Supplement to the account of plague administration in the Bombay Presidency from September 1896 till May 1897
Year: 1896
Disease focus: Plague
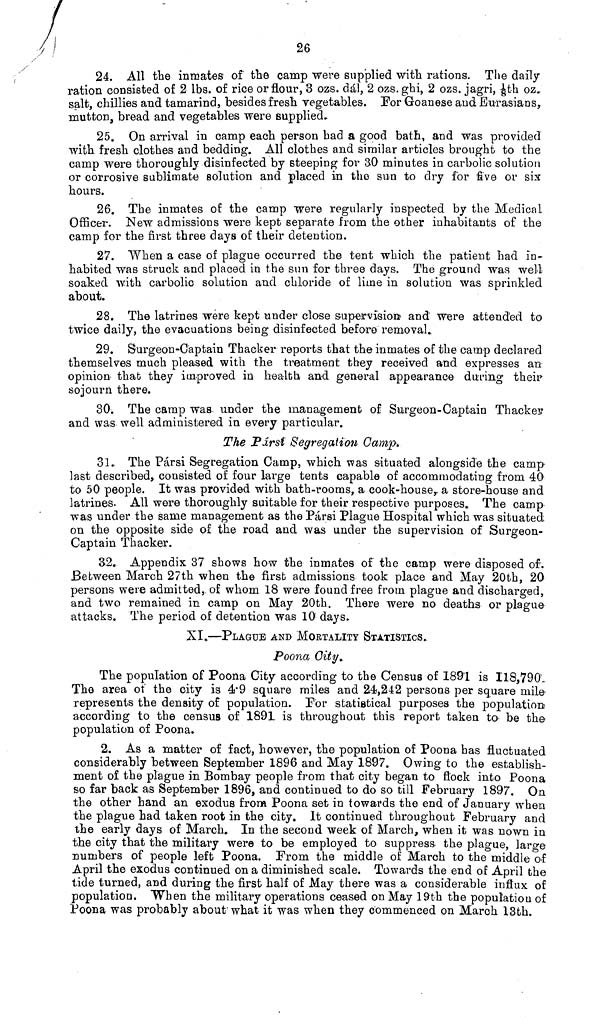
26
24. All the inmates of the camp were supplied with rations. The daily-
ration consisted of 2 lbs. of rice or flour, 3 ozs. dál, 2 ozs. ghi, 2 ozs. jagri, 1/8th oz.
salt, chillies and tamarind, besides fresh vegetables. Por Groanese and Eurasians,
mutton, bread and vegetables were supplied.
25. On arrival in camp each person had a good bath, and was provided
with fresh clothes and bedding. All clothes and similar articles brought to the
camp were thoroughly disinfected by steeping for 30 minutes in carbolic solution
or corrosive sublimate solution and placed in the sun to dry for five or six
hours.
26. The inmates of the camp were regularly inspected by the Medical
Officer. New admissions were kept separate from the other inhabitants of the
camp for the first three days of their detention.
27. When a case of plague occurred the tent which the patient had in-
habited was struck and placed in the sun for three days. The ground was well
soaked with carbolic solution and chloride of lime in solution was sprinkled
about.
28. The latrines were kept under close supervision and were attended to
twice daily, the evacuations being disinfected before removal.
29. Surgeon-Captain Thacker reports that the inmates of the camp declared
themselves much pleased with the treatment they received and expresses an
opinion that they improved in health and general appearance during their
sojourn there.
30. The camp was under the management of Surgeon-Captain Thacker
and was well administered in every particular.
The Pdrsî Segregation Camp.
31. The Pársi Segregation Camp, which was situated alongside the camp
last described, consisted of four large tents capable of accommodating from 40
to 50 people. It was provided with bath-rooms, a cook-house, a store-house and
latrines. All were thoroughly suitable for their respective purposes. The camp
was under the same management as the Pársi Plague Hospital which was situated;
on the opposite side of the road and was under the supervision of Surgeon-
Captain Thacker.
3.2. Appendix 37 shows how the inmates of the camp were disposed of.
Between March 27th when the first admissions took place and May 20th, 20
persons were admitted, of whom 18 were found free from plague and discharged,
and two remained in camp on May 20th. There were no deaths or plague
attacks. The period of detention was 10 days.
XI.—PLAGUE AND MORTALITY STATISTICS.
Poona City.
The population of Poona City according to the Census of 1891 is 118,790.
The area of the city is 4 . 9 square miles and 24,242 persons per square mile
represents the density of population. Por statistical purposes the population
according to the census of 1891 is throughout this report taken to be the
population of Poona.
2. As a matter of fact, however, the population of Poona has fluctuated
considerably between September 1896 and May 1897. Owing to the establish-
ment of the plague in Bombay people from that city began to flock into Poona
so far back as September 1896, and continued to do so till February 1897. On
the other hand an exodus from Poona set in towards the end of January when
the plague had taken root in the city. It continued throughout February and
the early days of March. In the second week of March, when it was nown in
the city that the military were to be employed to suppress the plague, large
numbers of people left Poona. From the middle of March to the middle of
April the exodus continued on a diminished scale. Towards the end of April the
tide turned, and during the first half of May there was a considerable influx of
population. When the military operations ceased on May 19th the population of
Poona was probably about what it was when they commenced on March 13th.